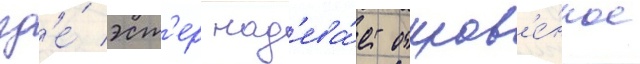
гд'е́ эст'ер над'ева́ет откров'е́нное